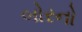
બોરનો